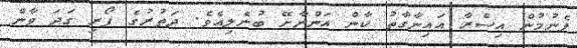
ފެނުމުން އިސްރާ އައިނާގާތު ކާން އަންނާށޭ ބުނެލިއެވެ. ދަތުރުގެ ފޯރި ގަދަ ވާން